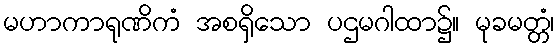
မဟာကာရုဏိကံ အစရှိသော ပဌမဂါထာ၌။ မုခမတ္တံ၊